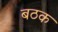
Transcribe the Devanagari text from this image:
बठक